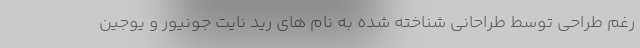
رغم طراحی توسط طراحانی شناخته شده به نام های رید نایت جونیور و یوجین